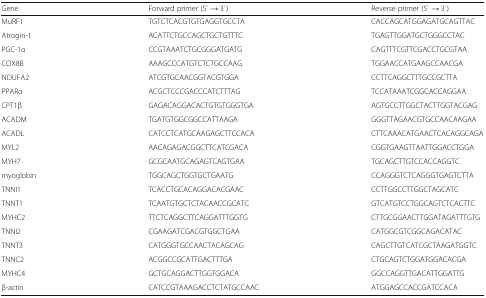
| Gene | Forward primer (5` → 3`) | Reverse primer (5` → 3`) |
 | --- | --- | --- |
 | MuRF1 | TGTCTCACGTGTGAGGTGCCTA | CACCAGCATGGAGATGCAGTTAC |
 | Atrogin-1 | ACATTCTGCCAGCTGCTGTTTC | TGAGTTGGATGCTGGGCCTAC |
 | PGC-1α | CCGTAAATCTGCGGGATGATG | CAGTTTCGTTCGACCTGCGTAA |
 | COX8B | AAAGCCCATGTCTCTGCCAAG | TGGAACCATGAAGCCAACGA |
 | NDUFA2 | ATCGTGCAACGGTACGTGGA | CCTTCAGGCTTTGCCGCTTA |
 | PPARα | ACGCTCCCGACCCATCTTTAG | TCCATAAATCGGCACCAGGAA |
 | CPT1β | GAGACAGGACACTGTGTGGGTGA | AGTGCCTTGGCTACTTGGTACGAG |
 | ACADM | TGATGTGGCGGCCATTAAGA | GGGTTAGAACGTGCCAACAAGAA |
 | ACADL | CATCCTCATGCAAGAGCTTCCACA | CTTCAAACATGAACTCACAGGCAGA |
 | MYL2 | AACAGAGACGGCTTCATCGACA | CGGTGAAGTTAATTGGACCTGGA |
 | MYH7 | GCGCAATGCAGAGTCAGTGAA | TGCAGCTTGTCCACCAGGTC |
 | myoglobin | TGGCAGCTGGTGCTGAATG | CCAGGGTCTCAGGGTGAGTCTTA |
 | TNNI1 | TCACCTGCACAGGACACGAAC | CCTTGGCCTTGGCTAGCATC |
 | TNNT1 | TCAATGTGCTCTACAACCGCATC | GTCATGTCCTGGCAGTCTCACTTC |
 | MYHC2 | TTCTCAGGCTTCAGGATTTGGTG | CTTGCGGAACTTGGATAGATTTGTG |
 | TNNI2 | CGAAGATCGACGTGGCTGAA | CATGGCGTCGGCAGACATAC |
 | TNNT3 | CATGGGTGCCAACTACAGCAG | CAGCTTGTCATCGCTAAGATGGTC |
 | TNNC2 | ACGGCCGCATTGACTTTGA | CTGCAGTCTGGATGGACACGA |
 | MYHC4 | GCTGCAGGACTTGGTGGACA | GGCCAGGTTGACATTGGATTG |
 | β-actin | CATCCGTAAAGACCTCTATGCCAAC | ATGGAGCCACCGATCCACA |